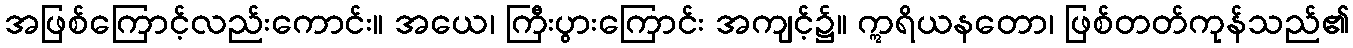
အဖြစ်ကြောင့်လည်းကောင်း။ အယေ၊ ကြီးပွားကြောင်း အကျင့်၌။ ဣရိယနတော၊ ဖြစ်တတ်ကုန်သည်၏